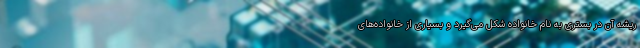
ریشه آن در بستری به نام خانواده شکل می‌گیرد و بسیاری از خانواده‌های